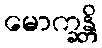
မောက္ခန္တိ